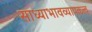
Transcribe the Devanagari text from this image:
साध्याभावव्यापकत्व